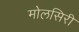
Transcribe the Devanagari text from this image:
मोलसिरी